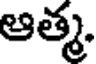
ఆత్మ.